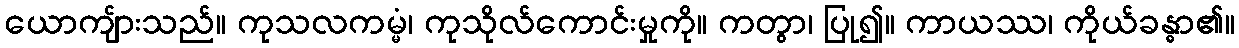
ယောကျ်ားသည်။ ကုသလကမ္မံ၊ ကုသိုလ်ကောင်းမှုကို။ ကတွာ၊ ပြု၍။ ကာယဿ၊ ကိုယ်ခန္ဓာ၏။